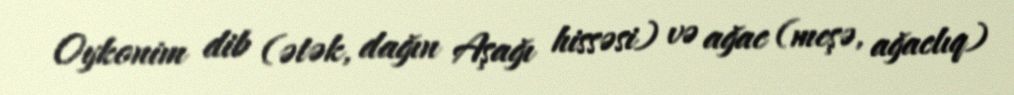
Oykonim dib (ətək, dağın Aşağı hissəsi) və ağac (meşə, ağaclıq)